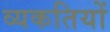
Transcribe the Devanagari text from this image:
व्यकतियों